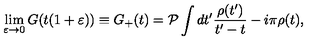
\lim _ { \varepsilon \rightarrow 0 } G ( t ( 1 + \varepsilon ) ) \equiv G _ { + } ( t ) = { \cal P } \int d t ^ { \prime } \frac { \rho ( t ^ { \prime } ) } { t ^ { \prime } - t } - i \pi \rho ( t ) ,